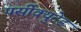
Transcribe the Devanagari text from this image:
पर्सीक्युटेड